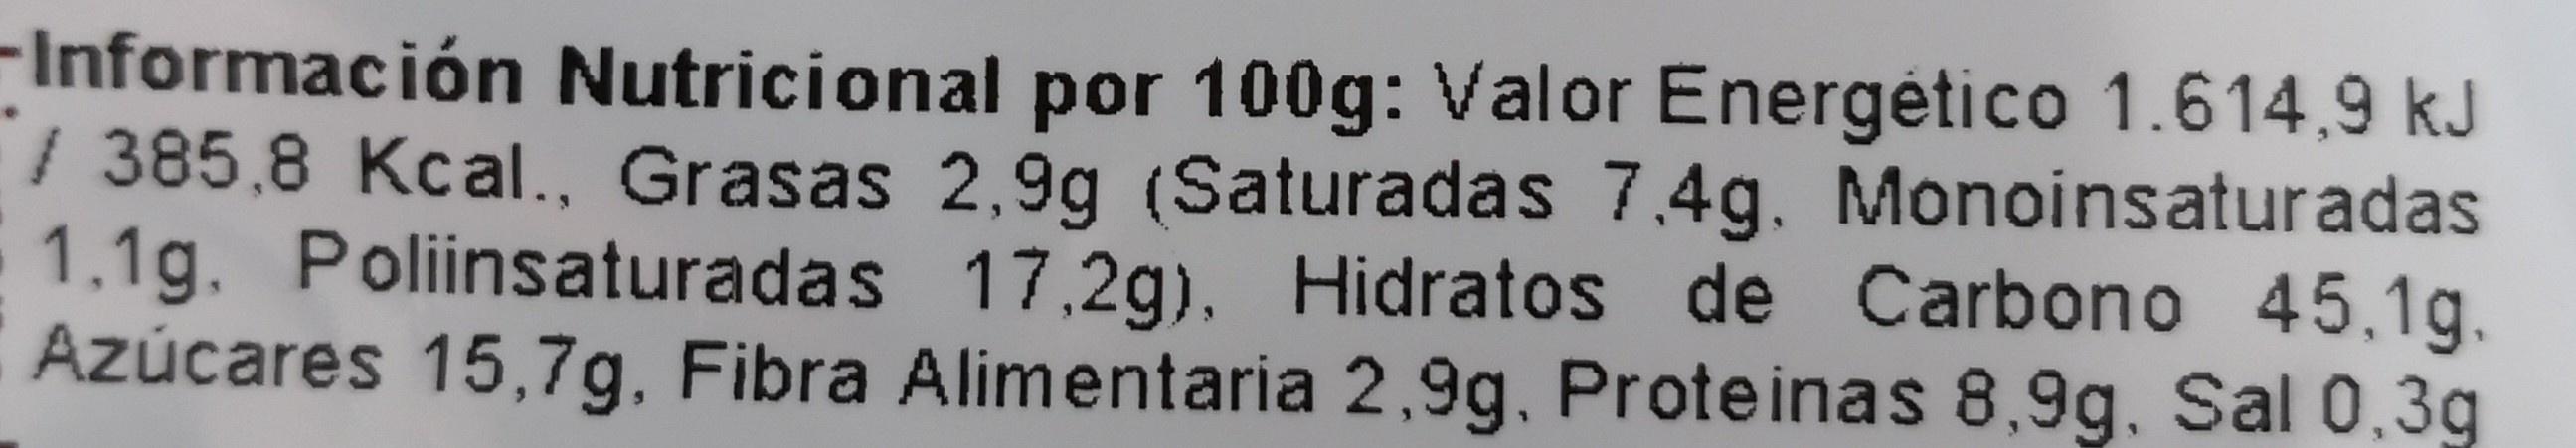
-Información Nutricional por 100g: Valor Energético 1.614,9 kJ / 385,8 Kcal., Grasas 2,9g (Saturadas 7.4g. Monoinsaturadas 1.1g. Poliinsaturadas 17.2g), Hidratos de Carbono 45.1g. Azúcares 15,7g, Fibra Alimentaria 2,9g, Proteinas 8,9g. Sal 0,3g